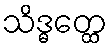
သိဒ္ဓတ္ထေ